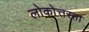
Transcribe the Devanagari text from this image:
लोकोत्तरता